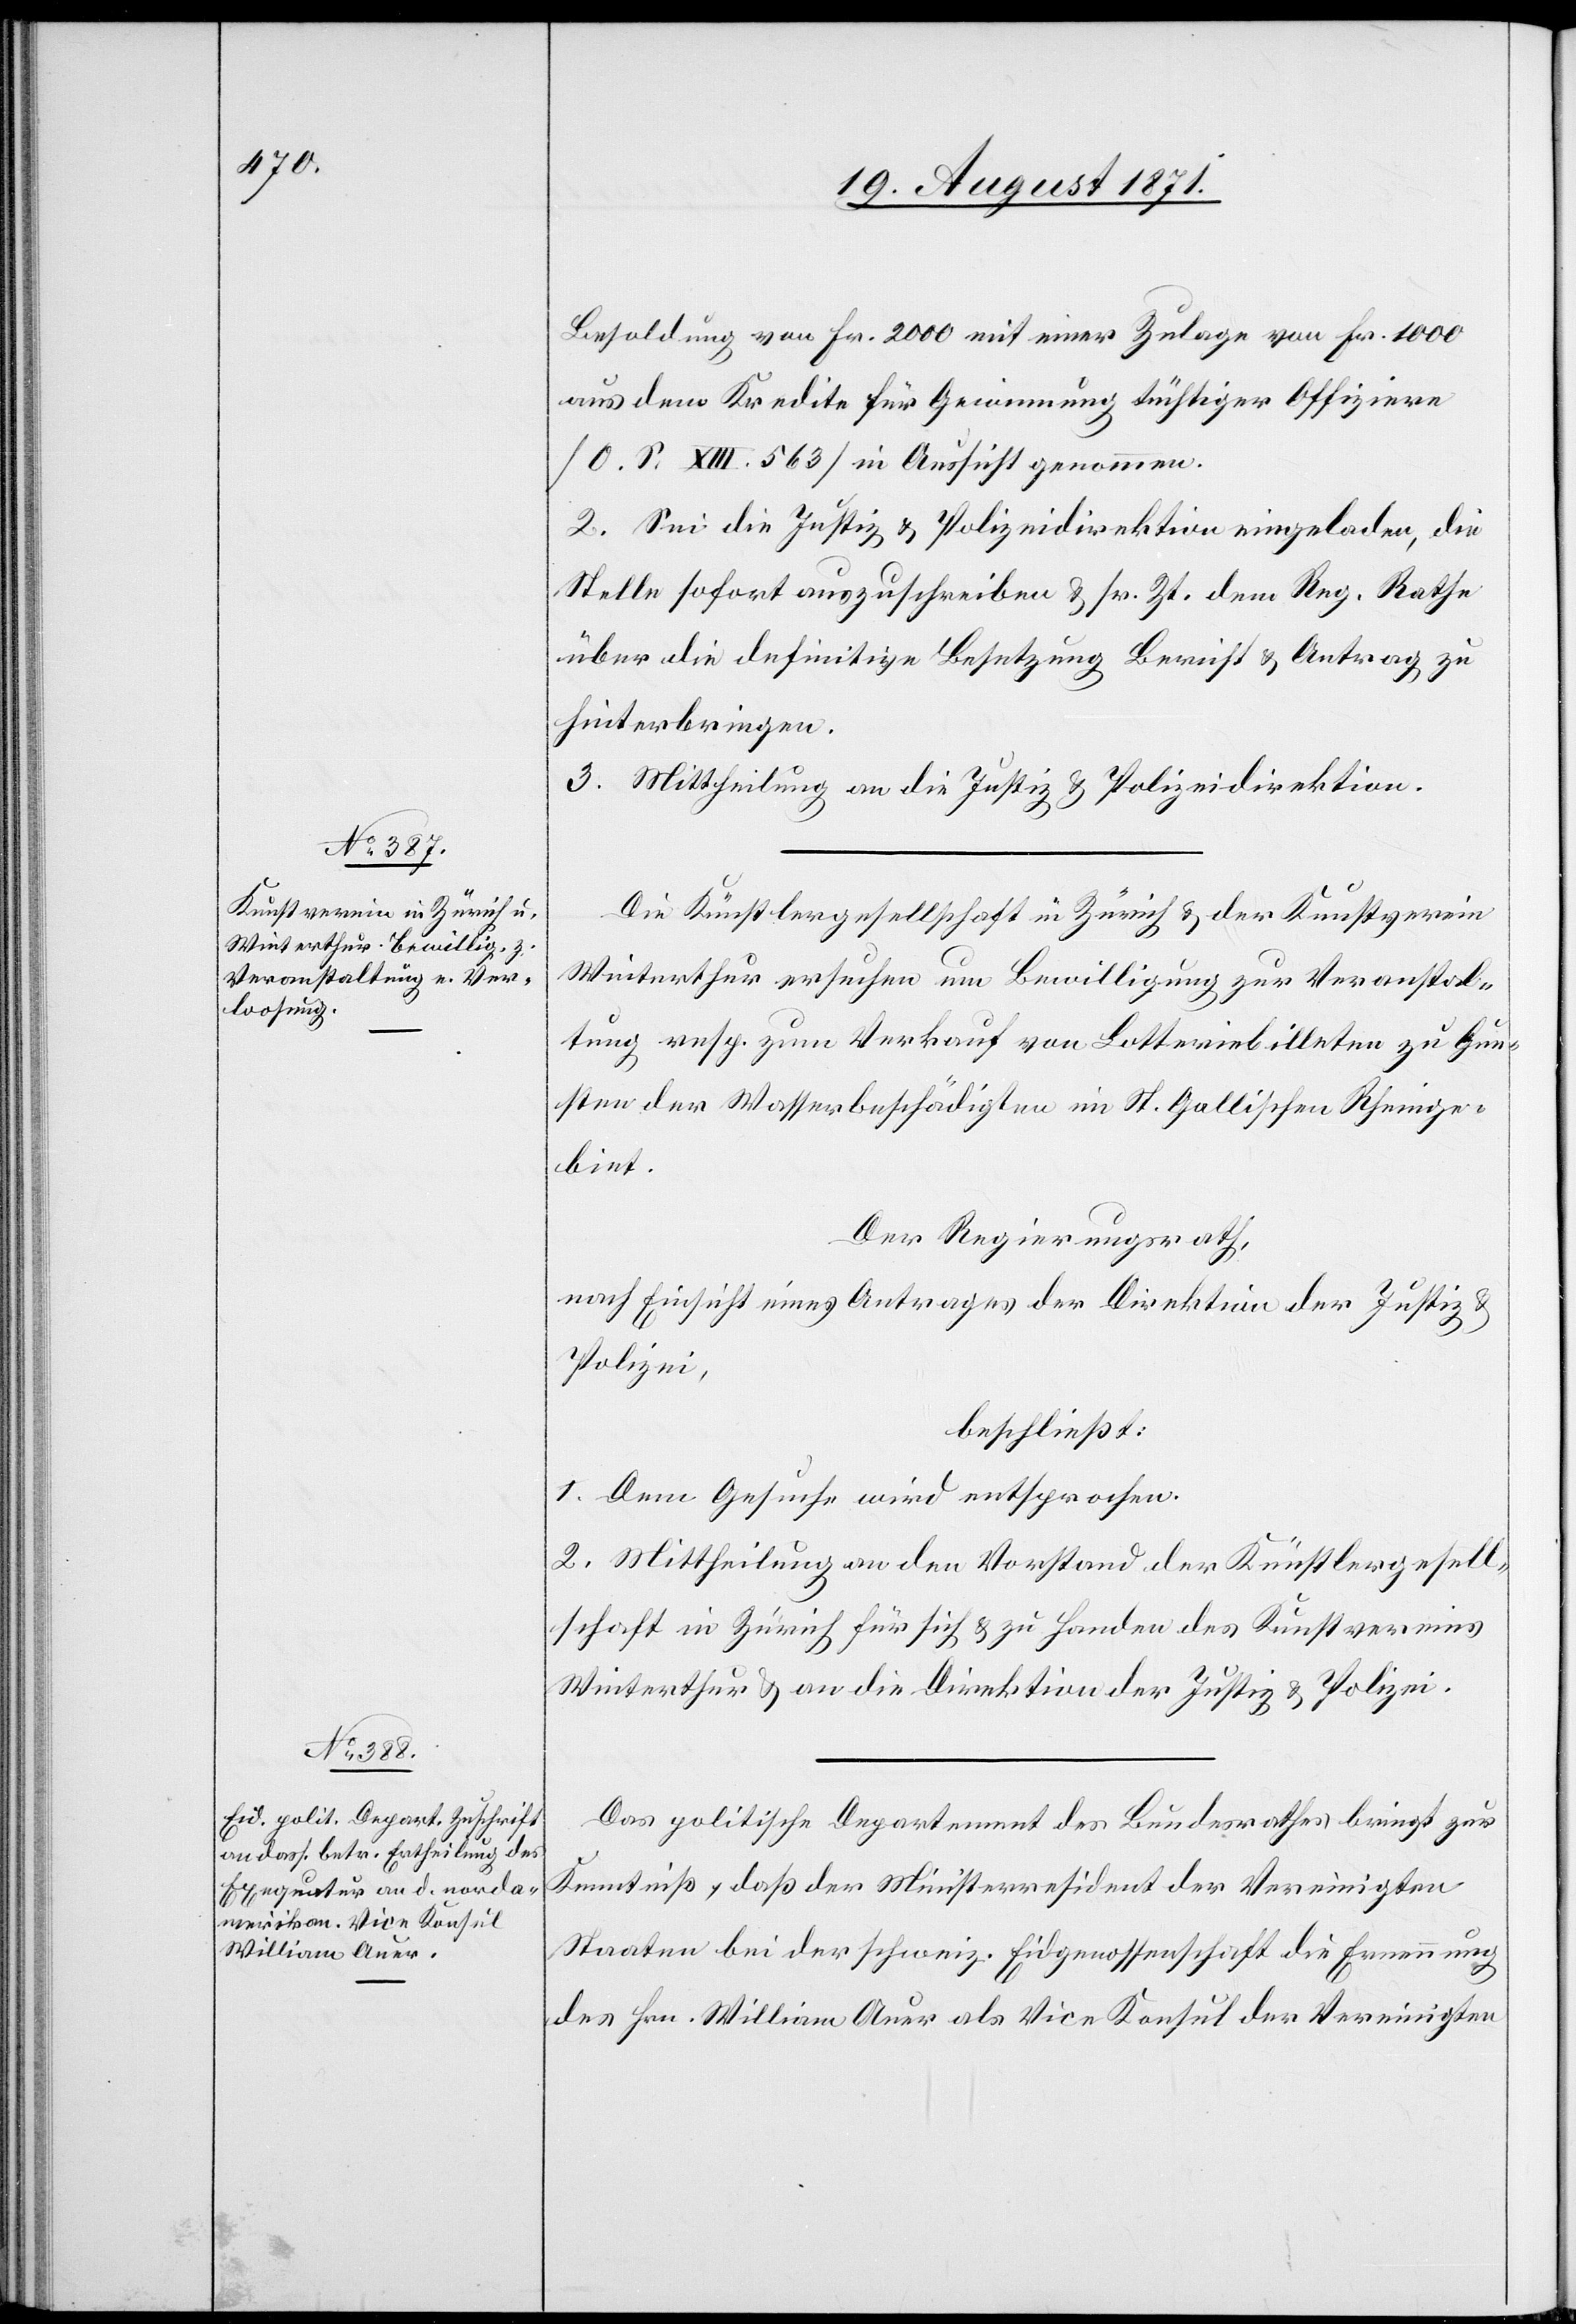
Besoldung von Fr. 2000 mit einer Zulage von Fr. 1000
aus dem Kredite für Gewinnung tüchtiger Offiziere
[O. S. XIII. 563] in Aussicht genommen.
2. Sei die Justiz[-] & Polizeidriektion eingeladen, die
Stelle sofort auszuschreiben & sr. Zt. dem Reg. Rathe
über die definitive Ersetzung Bericht & Antrag zu
hinterbringen.
3. Mittheilung an die Justiz[-] & Polizeidirektion.
Die Künstlergesellschaft in Zürich & der Kunstverein
Winterthur ersuchen um Bewilligung zur Veranstal¬
tung resp. zum Verkauf von Lotteriebilleten zu Gun¬
sten der Wasserbeschädigten im St. Gallischen Rheinge¬
biet.
Der Regierungsrath,
nach Einsicht eines Antrages der Direktion der Justiz
&
Polizei
beschließt:
1. Dem Gesuch wird entsprochen.
2. Mittheilung an den Vorstand der Künstlergesell¬
schaft in Zürich für sich & zu Handen des Kunstvereins
Winterthur & an die Direktion der Justiz & Polizei.
Das politische Departement des Bundesrathes bringt zur
Kenntniß, daß der Ministerresident der Vereinigten
Staaten bei der schweiz. Eidgenossenschaft die Ernennung
des Hrn. William Auer als Vice Konsul der Vereinigten